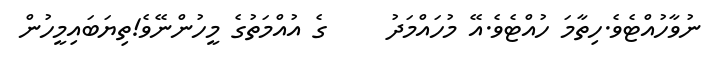
ނުވާހުއްޓެވެ.ހިތާމަ ހުއްޓެވެ.އޭ މުހައްމަދު     ގެ އުއްމަތުގެ މީހުންނޭވެ!ތިޔަބައިމީހުން